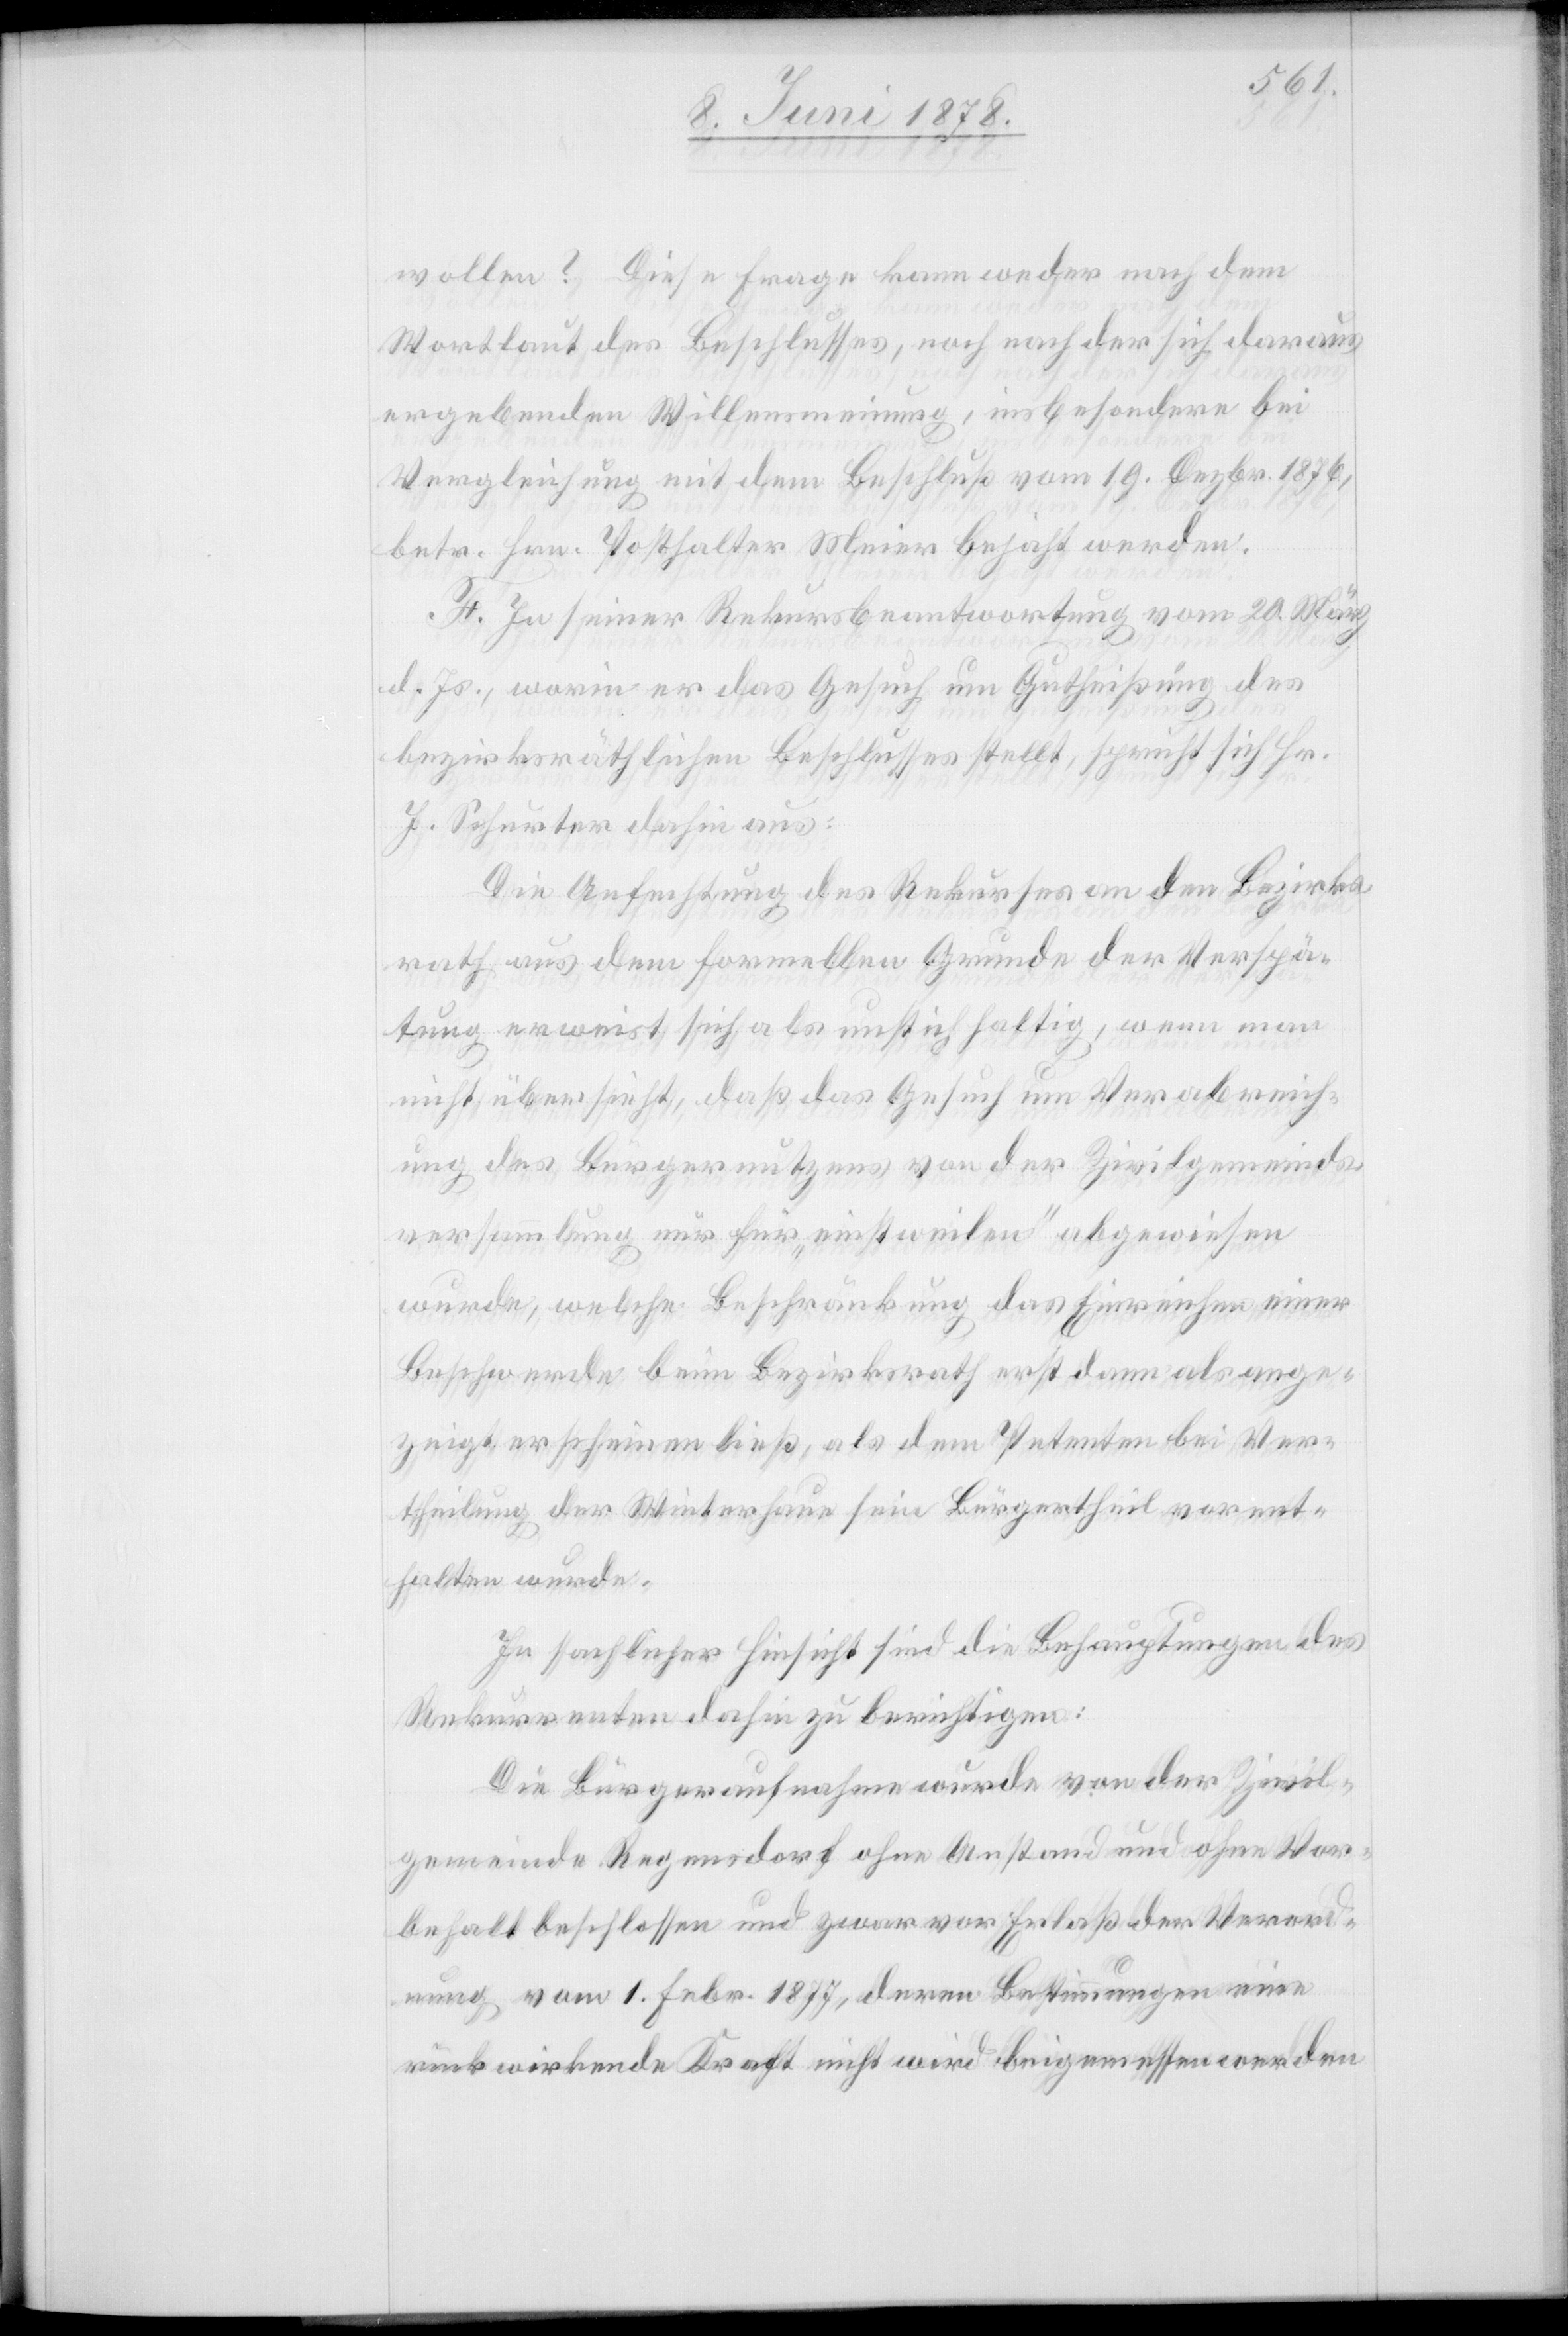
wollen? Diese Frage kann weder nach dem
Wortlaut des Beschlusses, noch nach der sich daraus
ergebenden Willensmeinung, insbesondere bei
Vergleichung mit dem Beschluß vom 19. Dezbr. 1876,
betr. Hrn. Posthalter Meier bejaht werden.
F. In seiner Rekursbeantwortung vom 20. März
d. Js., worin er das Gesuch um Gutheißung des
bezirksräthlichen Beschlusses stellt, spricht sich Hr.
J. Schurter dahin aus:
Die Anfechtung des Rekurses an den Bezirks¬
rath aus dem formellen Grunde der Verspä¬
tung erweist sich als unstichhaltig, wenn man
nicht übersieht, daß das Gesuch um Verabreich¬
ung des Bürgernutzens von der Zivilgemeinds¬
versammlung nur für „einstweilen“ abgewiesen
wurde, welche Beschränkung das Einreichen einer
Beschwerde beim Bezirksrath erst dann als ange¬
zeigt erscheinen ließ, als dem Petenten bei Ver¬
theilung der Winterhaue sein Bürgertheil vorent¬
halten wurde.
In sachlicher Hinsicht sind die Behauptungen des
Rekurrenten dahin zu berichtigen:
Die Bürgeraufnahme wurde von der Zivil¬
gemeinde Regensdorf ohne Anstand und ohne Vor¬
behalt beschlossen und zwar vor Erlaß der Verord¬
nung vom 1. Febr. 1877, deren Bestimmungen eine
rückwirkende Kraft nicht wird beigemessen werden